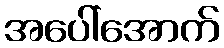
အပေါ်အောက်